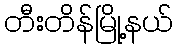
တီးတိန်မြို့နယ်